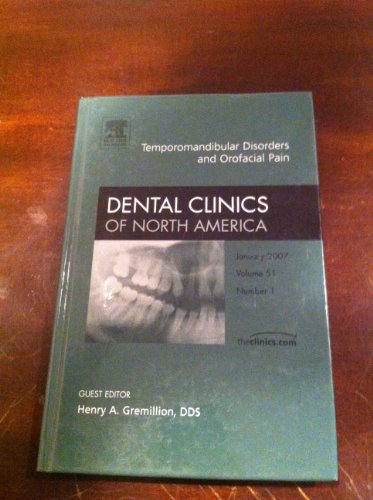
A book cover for Temporomandibular Disorders and Orafacial Pain, An Issue of Dental Clinics, 1e (The Clinics: Dentistry); H. Gremillion; Medical Books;